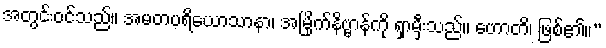
အတွင်းဝင်သည်။ အမတပရိယောသာနာ၊ အမြိုက်နိဗ္ဗာန်ကို ရှာမှီးသည်။ ဟောတိ၊ ဖြစ်၏။”